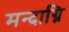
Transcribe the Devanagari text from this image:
मन्दाग्नि